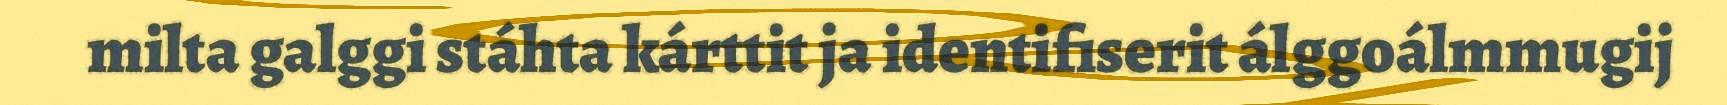
milta galggi stáhta kárttit ja identifiserit álggoálmmugij